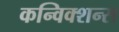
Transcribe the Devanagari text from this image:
कन्विक्शन्स